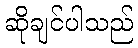
ဆိုချင်ပါသည်